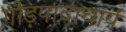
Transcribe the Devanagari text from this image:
गौड़पादाचार्य